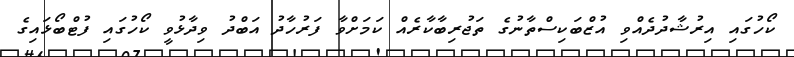
ކޯހުގައި އިރުޝާދުދެއްވި އުޒްބަކިސްތާނުގެ ތަޖުރިބާކާރެއް ކަމަށްވާ ފަރުހާދު އަބްދު ވިދާޅުވީ ކޯހުގައި ފުޓްބޯޅައިގެ